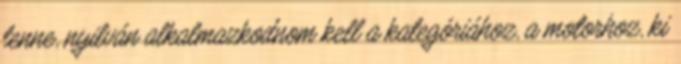
lenne, nyilván alkalmazkodnom kell a kategóriához, a motorhoz, ki